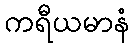
ကရီယမာနံ